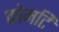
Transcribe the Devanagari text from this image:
कोमटि